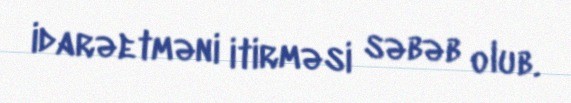
idarəetməni itirməsi səbəb olub.